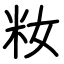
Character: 籹